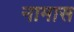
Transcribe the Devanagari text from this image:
नामास